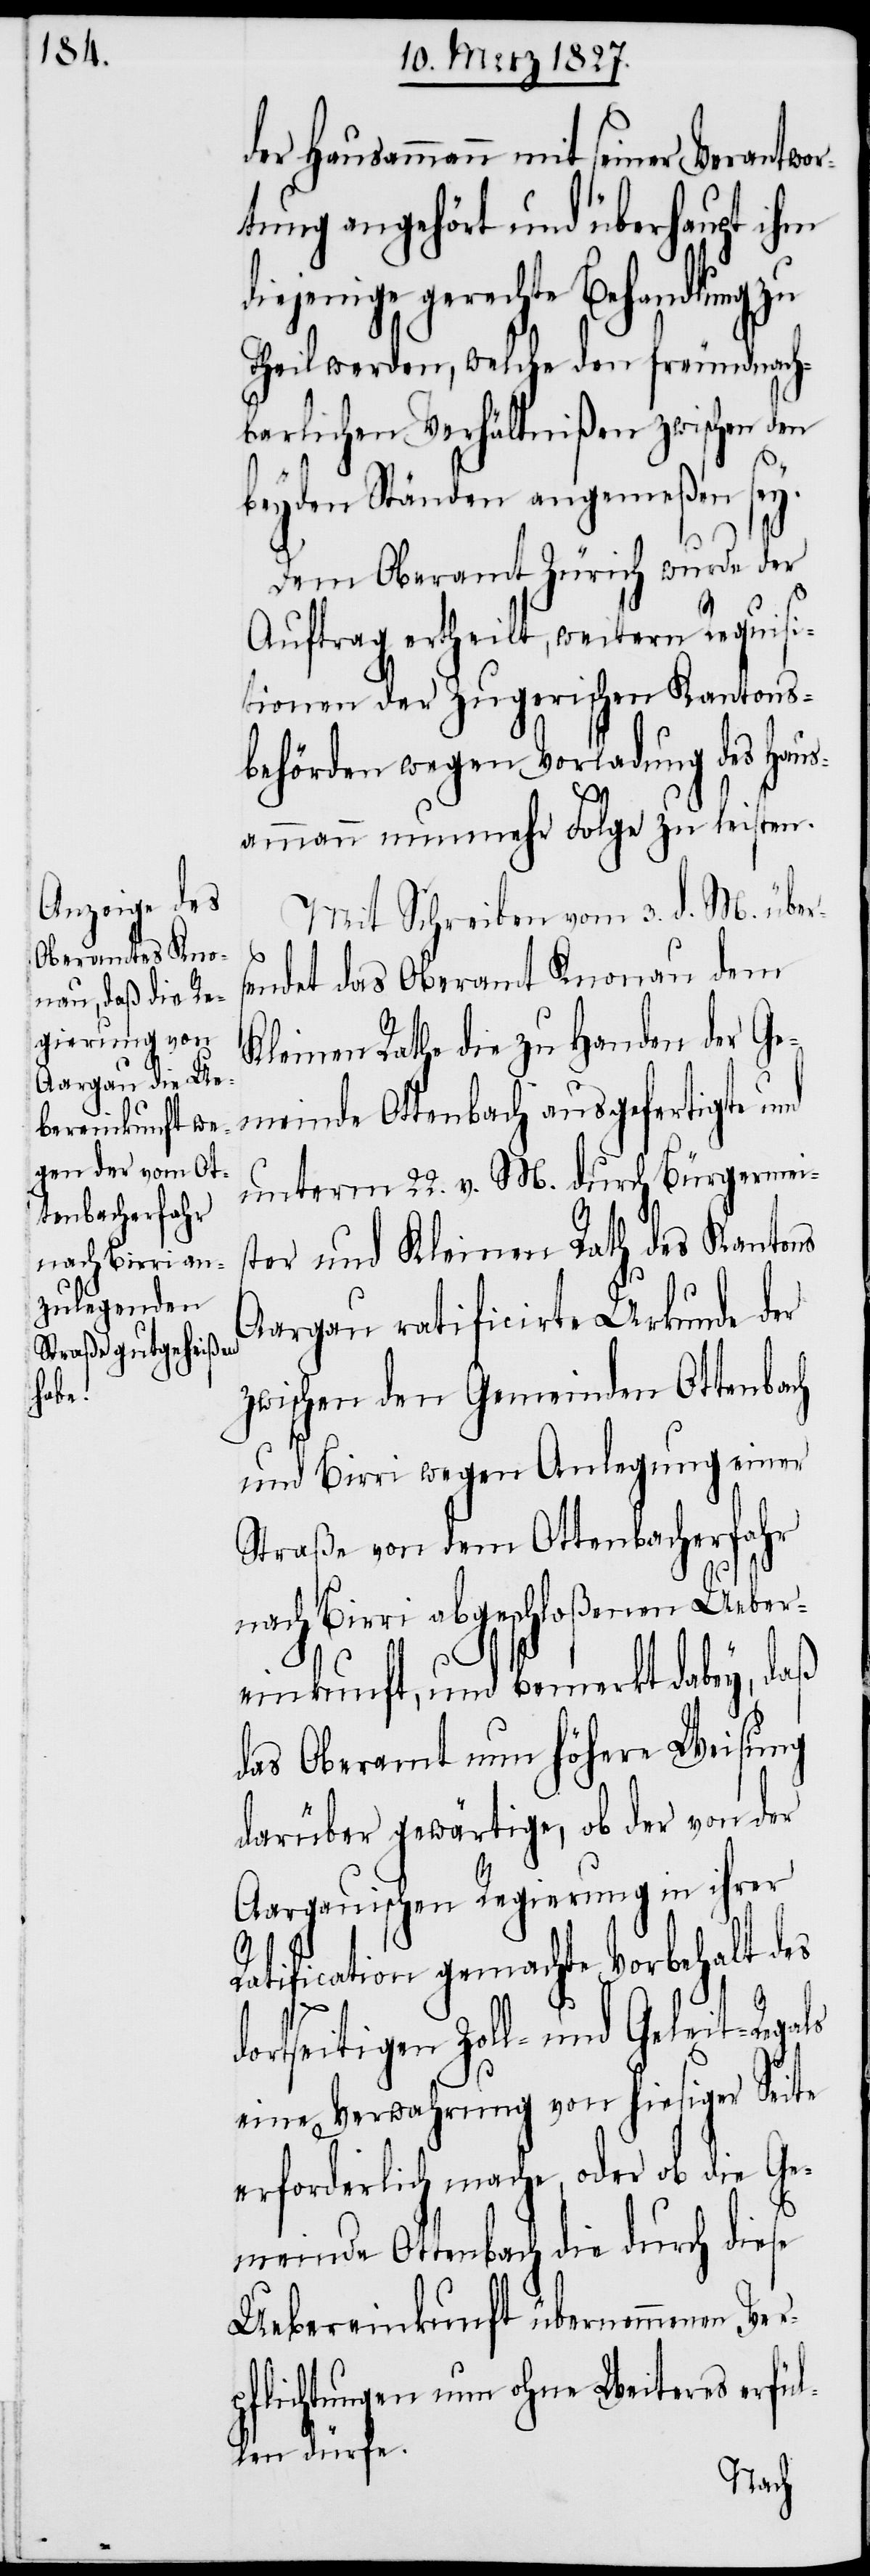
der Hausammann mit seiner Verantwor¬
tung angehört und überhaupt ihm
diejenige gerechte Behandlung zu
Theil werden, welche den freundnach¬
barlichen Verhältnißen zwischen den
beyden Ständen angemeßen sey.
Dem Oberamt Zürich wurde der
Auftrag ertheilt, weitern Requisi¬
tionen der Zugerischen Kantons¬
behörden wegen Vorladung des Haus¬
ammann nunmehr Folge zu leisten.
Mit Schreiben vom 3. d. M. über¬
sendet das Oberamt Knonau dem
Kleinen Rathe die zu Handen der Ge¬
meinde Ottenbach ausgefertigte und
unterm 22. v. M. durch Bürgermei¬
ster und Kleinen Rath des Kantons
Aargau ratificirte Urkunde der
zwischen den Gemeinden Ottenbach
und Birri wegen Anlegung einer
Straße von dem Ottenbacherfahr
nach Birri abgeschloßenen Ueber¬
einkunft, und bemerkt dabey, daß
das Oberamt nun höhere Weisung
darüber gewärtige, ob der von der
Aargauischen Regierung in ihrer
ls
Ratification gemachte Vorbehalt des
dortseitigen Zoll- und Geleit-Rega¬
eine Verwahrung von hiesiger Seite
erforderlich mache, oder ob die Ge¬
meinde Ottenbach die durch diese
Uebereinkunft übernommenen Ver¬
pflichtungen nun ohne Weiteres erfül¬
len dürfe.